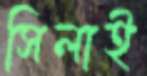
সিলাই